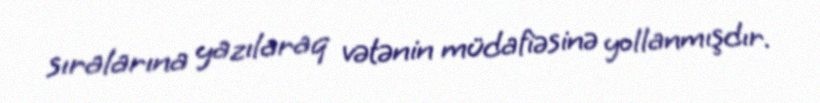
sıralarına yazılaraq vətənin müdafiəsinə yollanmışdır.